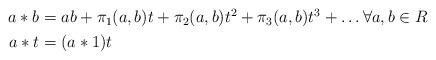
LaTeX: \begin{align*}\begin{aligned}a * b &= ab + \pi_1(a,b)t + \pi_2(a,b)t^2 + \pi_3(a,b)t^3 + \dots \forall a,b \in R\\a*t &= (a*1)t\end{aligned}\end{align*}